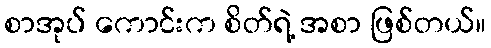
စာအုပ် ကောင်းက စိတ်ရဲ့ အစာ ဖြစ်တယ်။